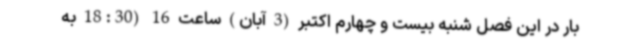
بار در این فصل شنبه بیست و چهارم اکتبر (3 آبان) ساعت 16 (18:30 به